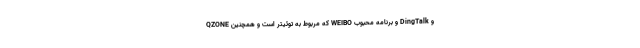
و DingTalk و برنامه محبوب WEIBO که مربوط به توئیتر است و همچنین QZONE